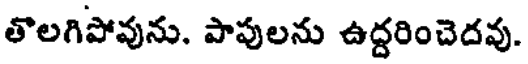
తొలగిపోవును. పాపులను ఉద్దరించెదవు.